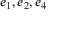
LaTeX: e _ { 1 } , e _ { 2 } , e _ { 4 }